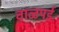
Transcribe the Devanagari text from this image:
वाळपई